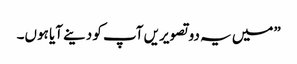
”میں یہ دو تصویریں آپ کو دینے آیا ہوں۔